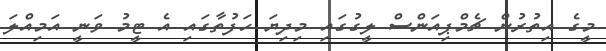
މީގެ އިތުރުން ޗެމްޕިއަންސް ލީގުގައި މިދިޔަ ހަފުތާގައި އެ ޓީމު ވަނީ އަމިއްލަ